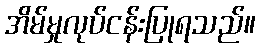
အိမ်မှုလုပ်ငန်းပြုရသည်။